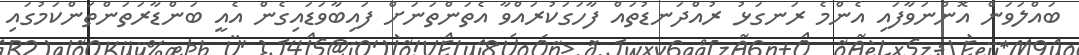
ބައްލަވަން އޮންނަވާފައި އެންމެ ރަނގަޅު ރުއްދަނޑުތައް ފާހަގަކުރައްވާ އެތަންތަނަށް ފައިބާވަޑައިގެން އެއީ ބަންޑާރަތަންތަންކަމުގައި